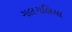
ગલગલિયા